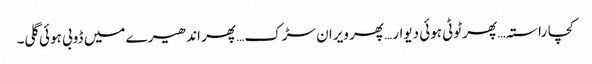
کچا راستہ… پھر ٹوٹی ہوئی دیوار… پھر ویران سڑک… پھر اندھیرے میں ڈوبی ہوئی گلی۔